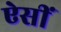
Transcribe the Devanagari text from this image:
ऐसीं